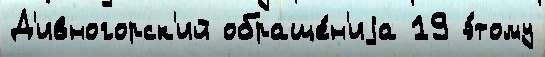
Д'ивногорск'ий обраще́н'иjа 19 э́тому